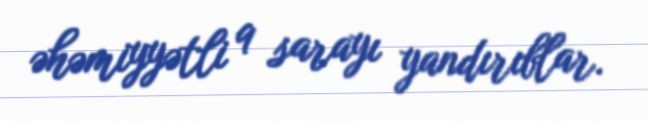
əhəmiyyətli 9 sarayı yandırıblar.